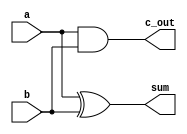
module khalf_adder(
    a,b,
    sum,c_out
);
    input wire a,b;
    output wire sum,c_out;

    //assign (sum,c_out) = a + b;
    assign sum = a ^ b;
    assign c_out = a & b;
    
endmodule